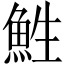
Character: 鮏